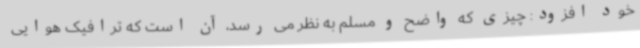
خود افزود: چیزی که واضح و مسلم به نظر می رسد، آن است که ترافیک هوایی